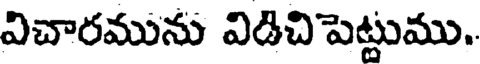
విచారమును విడిచిపెట్టుము.